Report on horse surra - Volume II, Part II
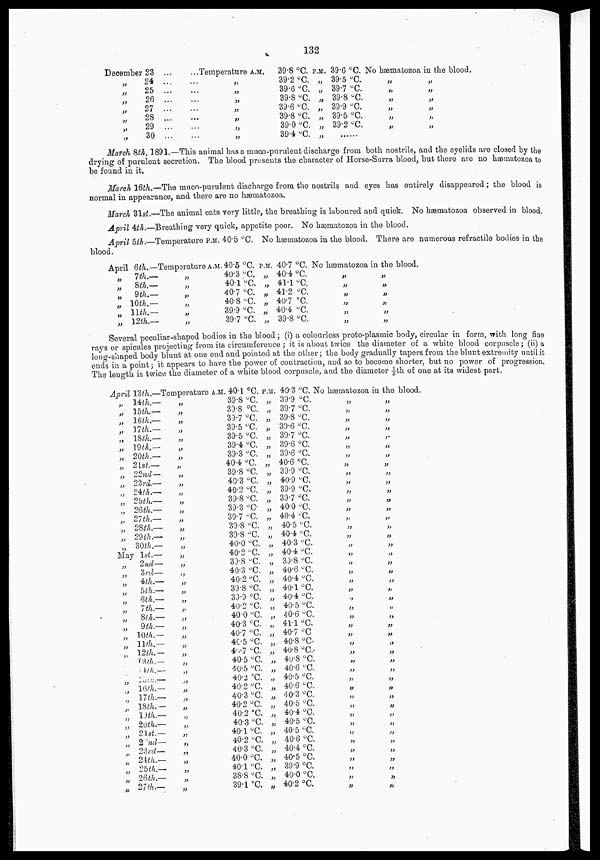
132
December 23 ...
„
„
„
„
„
„
„
24 ...
25 ...
26 ...
27 ...
28 ...
29 ...
30 ...
...Temperature A.M.
...
...
...
...
...
...
...
„
„
„
„
„
„
„
39.8 °C. P.M.
39.2 °C. „
39.6 °C. „
39.8 °C. „
39.6 °C. „
39.8 °C. „
39.0 °C. „
39.4 °C. „
39.6 °C.
39.5 °C.
39.7 °C.
39.8 °C.
39.9 °C.
39.5 °C.
39.2 °C.
No hæmatozoa in the blood.
„
„
„
„
„
„
„
„
„
„
„
„
March 8th, 1891.—This animal has a muco-purulent discharge from both nostrils, and the eyelids are closed by the
drying of purulent secretion. The blood presents the character of Horse-Surra blood, but there are no hæmatozoa to
be found in it.
March 16th.—The muco-purulent discharge from the nostrils and eyes has entirely disappeared ; the blood is
normal in appearance, and there are no hæmatozoa.
March 31st.—The animal eats very little, the breathing is laboured and quick. No hæmatozoa observed in blood.
April 4th.—Breathing very quick, appetite poor. No hæmatozoa in the blood.
April 5th.—Temperature P.M. 40.5 °C. No hæmatozoa in the blood. There are numerous refractile bodies in the
blood.
April 6th.—
„
7th.—
„ 8th.—
„ 9th.—
„ 10th.—
„ 11th.—
„ 12th.—
Temperature A.M.
„
„
„
„
„
„
40.5 °C.
40.3 °C.
40.1°C
40.7 °C.
40.8°C.
39.9 °C.
39.7 °C.
P.M.
„
„
„
„
„
„
40.7 °C.
40.4 °C.
41.1 °C.
41.2 °C.
40.7 °C.
40.4 °C.
39.8 °C.
No hæmatozoa in the blood.
„
„
„
„
„
„
„
„
„
„
„
„
Several peculiar-shaped bodies in the blood ; (i) a colourless proto-plasmic body, circular in form, with long fine
rays or spicules projecting from its circumference ; it is about twice the diameter of a white blood corpuscle ; (ii) a
long-shaped body blunt at one end and pointed at the other ; the body gradually tapers from the blunt extremity until it
ends in a point ; it appears to have the power of contraction, and so to become shorter, but no power of progression.
The length is twice the diameter of a white blood corpuscle, and the diameter 1/5th of one at its widest part.
April 13th.—Temperature
„
„
„
„
„
„
„
„
„
„
„
„
„
„
„
„
14th.—
15th.—
16th.—
17th.—
18th.—
19th.—
20th.—
21st—
22nd—
23rd.—
24th.—
25th.—
26 th.—
27th.—
28th.—
29 th.—
30th. —
May 1st.—
„
„
„
„
„
„
„
„
„
„
„
„
„
„
„
„
„
„
„
„
„
„
„
„
„
„
2nd—
3rd—
4th.—
5th.—
6th.—
7th.—
8th.—
9th.—
10th.—
11th.—
12th.—
13th.—
14th.—
15th.—
16th.—
17 th.—
18 th.—
19th.—
20th.—
21st.—
22nd—
23rd—
24th.—
25th.—
26th.—
27 th.—
„
„
„
„
„
„
„
„
„
„
„
„
„
„
„
„
„
„
„
„
„
„
„
„
„
„
„
„
„
„
„
„
„
„
„
„
„
„
„
„
„
„
„
„
A.M. 40.1 °C.
39.8 °C.
39.8 °C.
39.7 °C.
39.5 °C.
39.5 °C.
39.4 °C.
39.3 °C.
40.4 °C.
39.8 °C.
40.3 °C.
40.2 °C.
39.8 °C.
39.3 °C
39.7 °C.
39.8 °C.
39.8 °C.
40.0 °C.
40.2 °C.
39.8 °C.
40.3 °C.
40.2 °C.
39.8 °C.
39.9 °C.
40.2 °C.
40.0 °C.
40.3 °C.
40.7 °C.
40.5 °C.
40.7 °C.
40.5 °C.
40.5 °C.
40.2 °C.
40.2 °C.
40.3 °C.
40.2 °C.
40.2 °C.
40.3 °C.
40.1 °C.
40.2 °C.
40.3 °C.
40.0 °C.
40.1 °C.
38.8 °C.
39.1 °C.
P.M.
„
„
„
„
„
„
„
„
„
„
„
„
„
„
„
„
„
„
„
„
„
„
„
„
„
„
„
„
„
„
„
„
„
„
„
„
„
„
„
„
„
„
„
„
40.3 °C.
39.9 °C.
39.7 °C.
39.8 °C.
39.6 °C.
39.7 °C.
39.6 °C.
39.6 °C.
40.6 °C.
39.9 °C.
40.9 °C.
39.9 °C.
39.7 °C.
40.0 °C.
40.4 °C.
40.5 °C.
40.4 °C.
40.3 °C.
40.4 °C.
39.8 °C.
40.6 °C.
40.4 °C.
40.1 °C.
40.4 °C.
40.5 °C.
40.6 °C.
41.1 °C.
40.7 °C
40.8 °C.
40.8 °C..
40.8 °C.
40.6 °C.
40.5 °C.
40.6 °C.
40.3 °C.
40.5 °C.
40.4 °C.
40.5 °C.
40.5 °C.
40.6 °C.
40.4 °C.
40.5 °C.
39.9 °C.
40.0 °C.
40.2 °C.
No hæmatozoa in the blood.
„
„
„
„
„
„
„
„
„
„
„
„
„
„
„
„
„
„
„
„
„
„
„
„
„
„
„
„
„
„
„
„
„
„
„
„
„
„
„
„
„
„
„
„
„
„
„
„
„
„
„
„
„
„
„
„
„
„
„
„
„
„
„
„
„
„
„
„
„
„
„
„
„
„
„
„
„
„
„
„
„
„
„
„
„
„
„
„